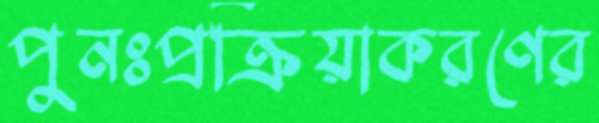
পুনঃপ্রক্রিয়াকরণের